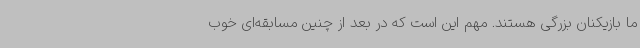
ما بازیکنان بزرگی هستند. مهم این است که در بعد از چنین مسابقه‌ای خوب